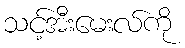
သင့်အီးမေးလ်ကို